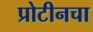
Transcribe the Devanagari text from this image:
प्रोटीनचा